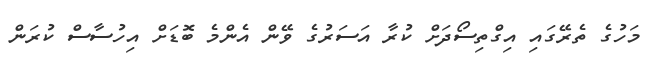
މަހުގެ ތެރޭގައި އިގްތިސޯދަށް ކުރާ އަސަރުގެ ވޭން އެންމެ ބޮޑަށް އިހުސާސް ކުރަން